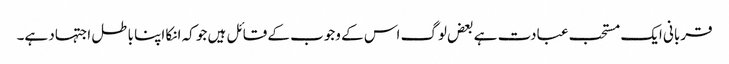
قربانی ایک مستحب عبادت ہے بعض لوگ اس کے وجوب کے قائل ہیں جو کہ انکا اپنا باطل اجتہاد ہے۔